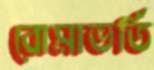
বোমাভর্তি